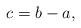
LaTeX: \begin{align*}c=b-a, \end{align*}